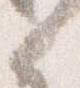
之